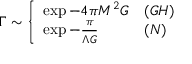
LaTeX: \Gamma \sim \left\{ \begin{array} { l l } { { \exp - 4 \pi M ^ { 2 } G } } & { { { ( G H ) } } } \\ { { \exp - \frac { \pi } { \Lambda G } { } } } & { { { ( N ) } } } \end{array} \right.